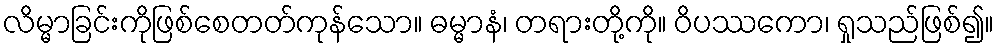
လိမ္မာခြင်းကိုဖြစ်စေတတ်ကုန်သော။ ဓမ္မာနံ၊ တရားတို့ကို။ ဝိပဿကော၊ ရှုသည်ဖြစ်၍။